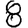
Digit: 8